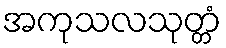
အကုသလသုတ္တံ